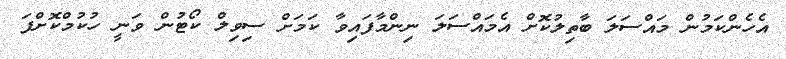
އެހެންކަމުން މައްސަލަ ބާތިލުކޮށް އެމައްސަލަ ނިންމާފައިވާ ކަމަށް ސިވިލް ކޯޓުން ވަނީ ހުކުމްކޮށްފަ